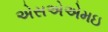
એસએએમઇ